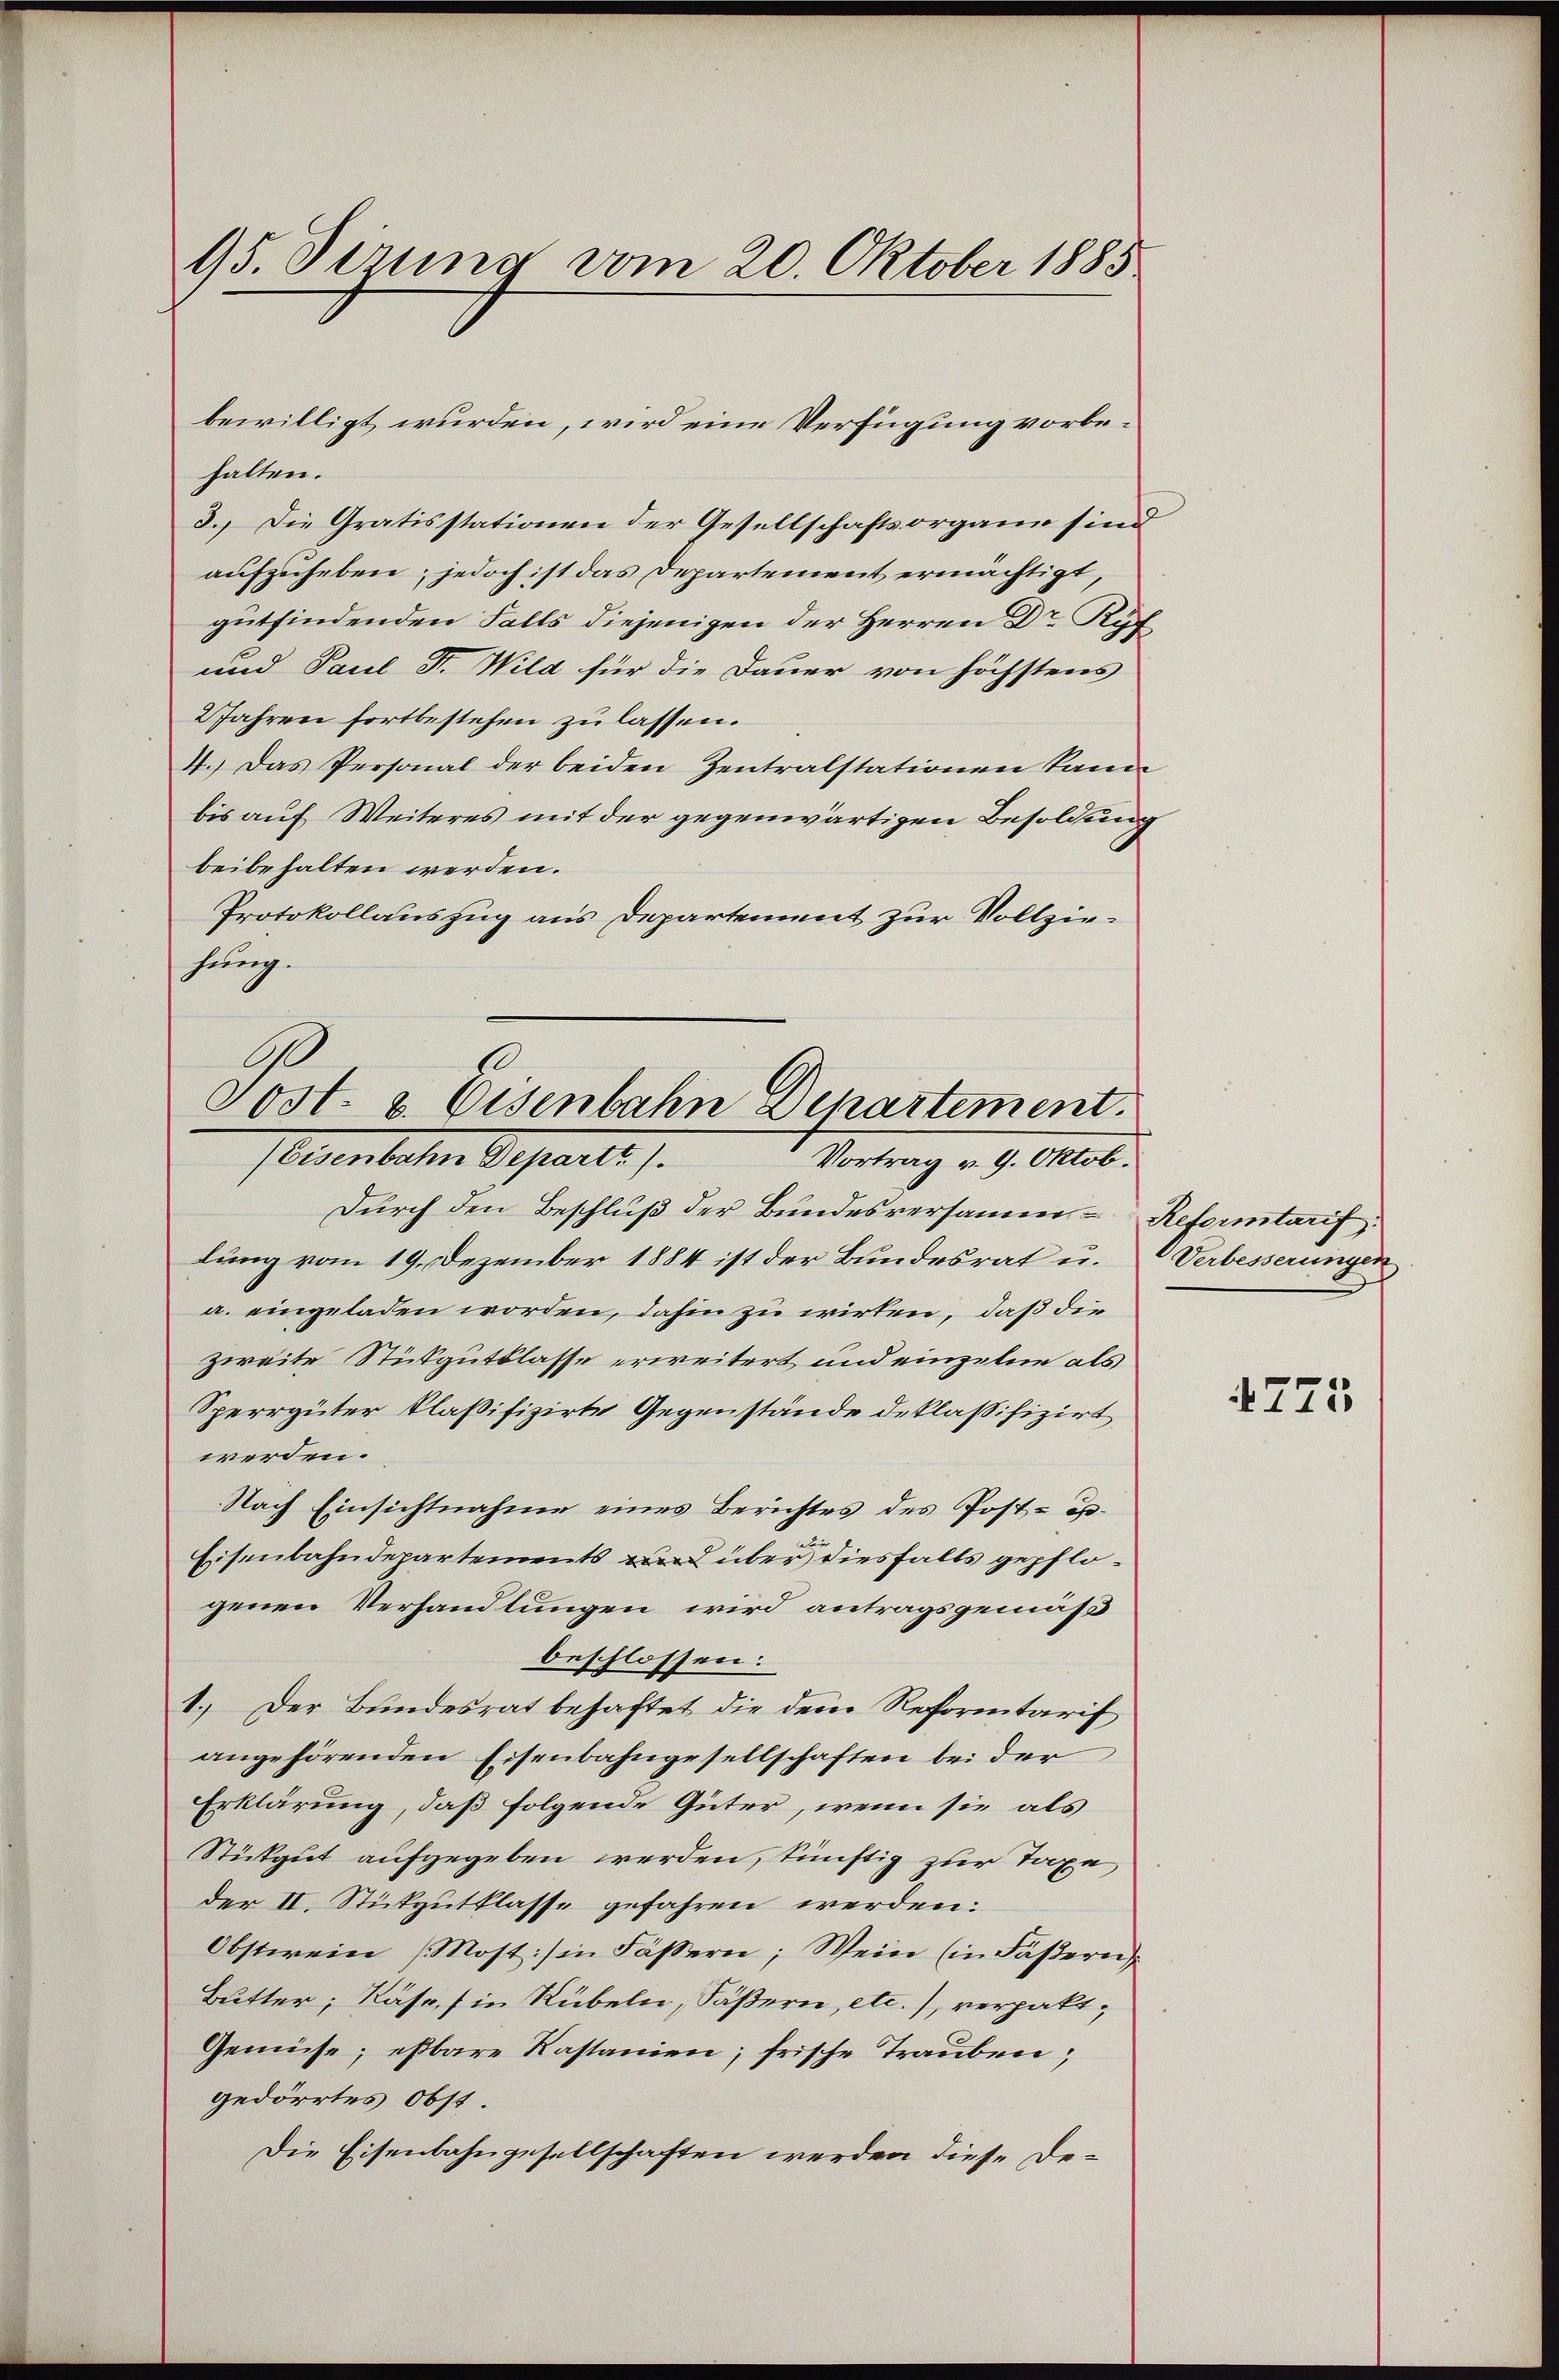
95. Sizung vom 20. Oktober 1885

halten.
3.) Die Gratisstationen der Gesellschaftsorgane sind
aufzuheben; jedoch ist das Departement ermächtigt,
gutfindenden Falls diejenigen der Herren Dr. Ryf
und Paul F. Wild für die Dauer von höchstens
2 Jahren fortbestehen zu lassen.
4.) Das Personal der beiden Zentralstationen kann
bis auf Weiteres mit der gegenwärtigen Besoldung
beibehalten werden.
Protokollauszug aus Departement zur Vollziehung.
Durch den Beschluß der Bundesversammer Reformtarif
lung vom 19. Dezember 1884 ist der Bundesrat u.
a. eingeladen worden, dahin zu wirken, daß die
zweite Stükgutslasse erweitert und einzelne als
Sperrgüter klaßifizirte Gegenstände deklaßifizirt
werden.
Nach Einsichtnahme eines Berichtes des Post- ex¬
Eisenbahndepartements und über diesfalls gepflogenen Verhandlungen wird antragsgemäß
beschlossen:
1.) Der Bundesrat behaftet die dem Reformtarif
angehörenden Eisenbahngesellschaften bei der
Erklärung, daß folgende Güter, wenn sie als
Stükgut aufgegeben werden, künftig zur Taxe
der II. Stickgutklasse gefahren werden:
Obsterein (Most:/ in Fässern, Wein (in Fasern
Butter, Käse, in Rübeln, Säßern, etc.), verpakt¬
Gemüse; esbare Kastanien; frische Trauben;
gedörrtes Obst.
Die Eisenbahngesellschaften werden diese De¬

bewilligt wurden, wird eine Verfügung vorbe¬

.
Sost. u. Eisenbahn Departement.
Weisenbachen Departe
Vortrag v. 9. Oktob.

Verbesserungen

4775